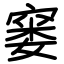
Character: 窭